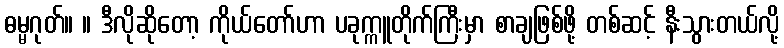
ဓမ္မဂုတ်။ ။ ဒီလိုဆိုတော့ ကိုယ်တော်ဟာ ပခုက္ကူတိုက်ကြီးမှာ စာချဖြစ်ဖို့ တစ်ဆင့် နီးသွားတယ်လို့